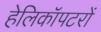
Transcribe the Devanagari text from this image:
हेलिकॉपटरों